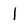
Character: l